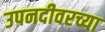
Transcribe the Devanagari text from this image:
उपनदीवरच्या